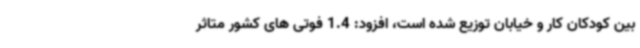
بین کودکان کار و خیابان توزیع شده است، افزود: 1.4 فوتی های کشور متاثر